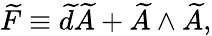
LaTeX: \widetilde{F}\equiv\widetilde{d}\widetilde{A}+\widetilde{A}\wedge\widetilde{A},